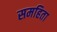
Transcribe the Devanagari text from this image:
समहिता